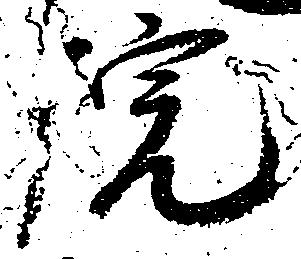
院